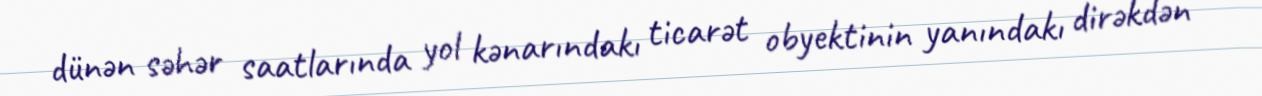
dünən səhər saatlarında yol kənarındakı ticarət obyektinin yanındakı dirəkdən